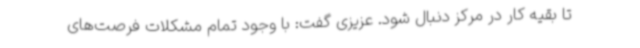
تا بقیه کار در مرکز دنبال شود. عزیزی گفت: با وجود تمام مشکلات فرصت‌های